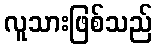
လူသားဖြစ်သည်